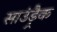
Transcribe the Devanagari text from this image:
साउंड़्रैक